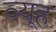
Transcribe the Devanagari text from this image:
व्‍यूह